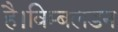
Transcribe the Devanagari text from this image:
है।विम्बलडन